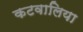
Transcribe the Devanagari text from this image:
कटवालिया